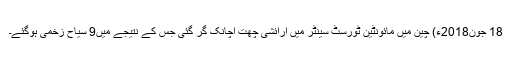
18 جون2018ء) چین میں مائونٹین ٹورسٹ سینٹر میں آرائشی چھت اچانک گر گئی جس کے نتیجے میں9 سیاح زخمی ہوگئے۔